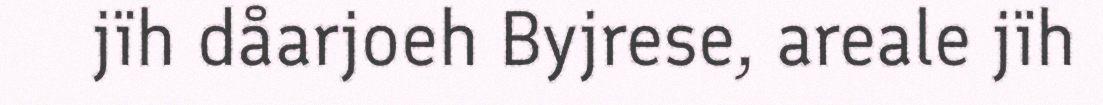
jïh dåarjoeh Byjrese, areale jïh